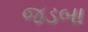
જડબા